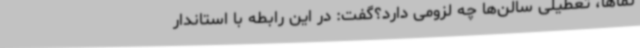
نماها، تعطیلی سالن‌ها چه لزومی دارد؟گفت: در این رابطه با استاندار